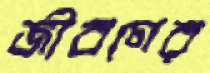
জীবণের